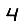
Digit: 4